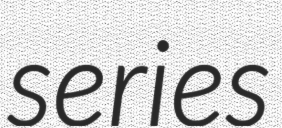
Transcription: series